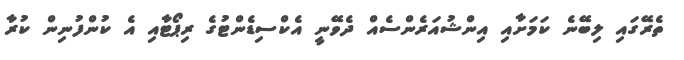
ތެރޭގައި ލިބޭނެ ކަމަށާއި އިންޝުއަރެންސެއް ދެވޭނީ އެކްސިޑެންޓުގެ ރިޕޯޓާއި އެ ކުންފުނިން ކުރާ